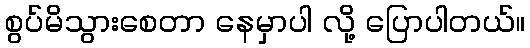
စွပ်မိသွားစေတာ နေမှာပါ လို့ ပြောပါတယ်။